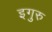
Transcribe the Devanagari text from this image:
इगुरु